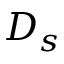
D _ { s }